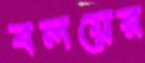
বলয়ের